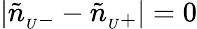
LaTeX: |\tilde{n}_{{}_{U}-}-\tilde{n}_{{}_{U}+}|=0